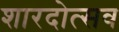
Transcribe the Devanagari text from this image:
शारदोत्सव